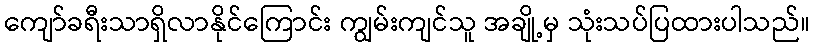
ကျော်ခရီးသာရှိလာနိုင်ကြောင်း ကျွမ်းကျင်သူ အချို့မှ သုံးသပ်ပြထားပါသည်။